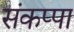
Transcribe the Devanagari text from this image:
संकप्पा